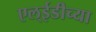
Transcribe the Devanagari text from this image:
एल्ईडीच्या